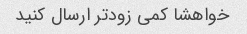
خواهشا کمی زودتر ارسال کنید